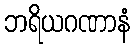
ဘရိယဂဏာနံ